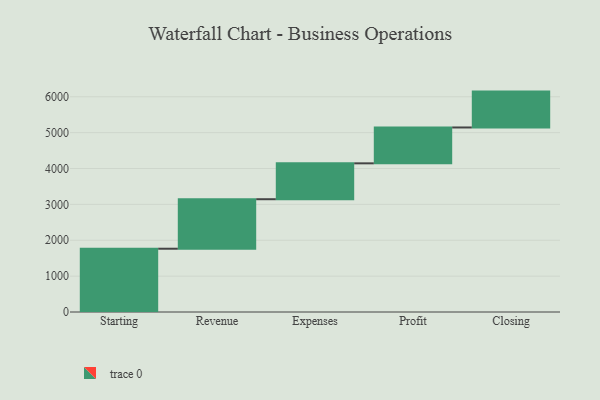
{"axis": {"x": "Step", "y": "Value"}, "legend": [""], "data": [{"x": "Starting", "y": 1764.0, "type": ""}, {"x": "Revenue", "y": 1380.0, "type": ""}, {"x": "Expenses", "y": 1000, "type": ""}, {"x": "Profit", "y": 1000, "type": ""}, {"x": "Closing", "y": 1000, "type": ""}]}